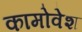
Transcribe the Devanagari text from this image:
कामोवेश